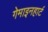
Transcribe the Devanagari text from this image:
गेमाइनहार्ट